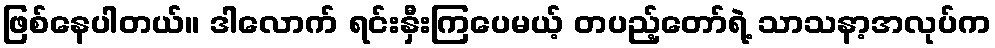
ဖြစ်နေပါတယ်။ ဒါလောက် ရင်းနှီးကြပေမယ့် တပည့်တော်ရဲ့ သာသနာ့အလုပ်က